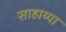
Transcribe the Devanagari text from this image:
साहाय्या